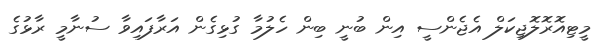
މީޓިއޮރޮލޮޖިކަލް އެޖެންސީ އިން ބުނީ ބިން ހެލުމާ ގުޅިގެން އަރާފައިވާ ސުނާމީ ރާޅުގެ